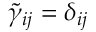
\tilde { \gamma } _ { i j } = \delta _ { i j }